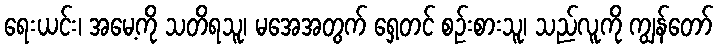
ရေးယင်း၊ အမေ့ကို သတိရသူ၊ မအေအတွက် ရှေ့တင် စဉ်းစားသူ၊ သည်လူကို ကျွန်တော်